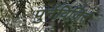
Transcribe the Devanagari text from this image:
पुर्नविजित